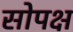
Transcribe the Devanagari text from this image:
सोपक्ष